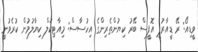
ވީޑިއޯ: ރޭ ޑީއާރުޕީ އޮފީސް ބޭރު ކިޔުންތެރިންގެ އިހުސާސް: މިއާޓިކަލް ކިޔާލުމުން ކުރެވުނީ